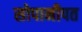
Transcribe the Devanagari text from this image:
सोपानीपत